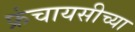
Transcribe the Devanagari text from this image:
फ्रंचायसीच्या